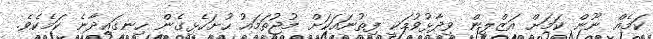
ކަމެއް ނޫން ކަމަށް އަޒްލީން ވިދާޅުވުމަކީ ފިތުނައަކަށް މުޖުތަމައު ހުށަހެޅިގެން ހިނގައިދާނެ ކަމެކެވެ.